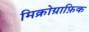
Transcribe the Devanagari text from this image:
मिक्रोग्राफ़िक